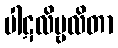
ပါဋလိဗ္ဗလိတာ